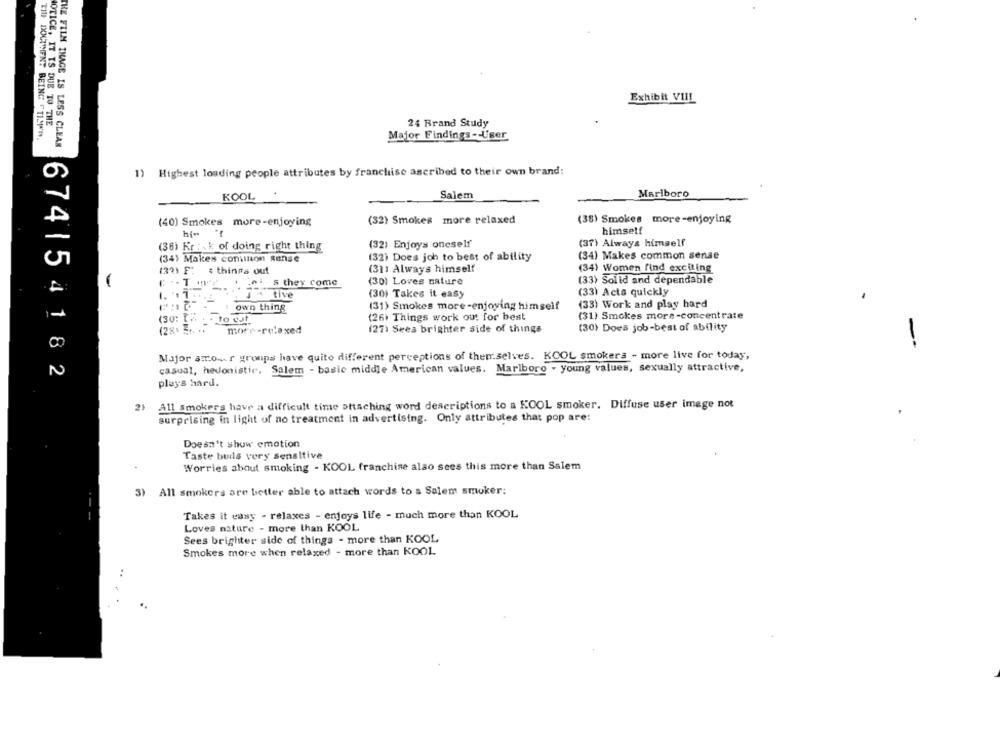
Exhibit VIII
NOTICE. IT IS DUE TO THE
24 Brand Study
TILL DOCUMENT BEING FOUND.
Major Findings- User
THE FILM INAGE IS LESS CLEAR
1) Highest loading people attributes by franchise ascribed to their own brand:
KOOL
Salem
Marlboro
(40) Smokes more-enjoying
(32) Smokes more relaxed
(38) Smokes more-enjoying
himself
(36) Kr :. k of doing right thing
(32) Enjoys oneself
(37) Always himself
(34) Makes common sense
(34) Makes conunon ganse
(32) Does joh to best of ability
(32) F: : things out
(31) Always himself
(34) Women find exciting
-
p. s they come
(30) Loves nature
(33) Solid and dependable
(30) Takes it easy
(33) Acta quickly
J * tive
own thing
(31) Smokes more-enjoying himself
(33) Work and play hard
1-
(31) Smokes mors-concentrate
(30: [ ..
- to wut
(26) Things work out for best
more -relaxed
(27) Seea brighter side of things
(30) Does job-best of ability
CO
Major amo .... r groups have quite different perceptions of themselves. KOOL smokers - more live for today,
casual, hedonistic. Salem - basic middle American values. Marlboro - young values, sexually attractive,
674154182
plays hard.
All smokers have a difficult time attaching word descriptions to a KOOL smoker. Diffuse user image not
21
surprising in light of no treatment in advertising. Only attributes that pop are:
Doesn't show emotion
Taste buds very sensitive
Worries about smoking - KOOL franchise also sees this more than Salem
3) All smokers are better able to attach words to a Salem smoker:
Takes it easy - relaxes - enjoys life - much more than KOOL
Loves nature - more than KOOL
Sees brighter side of things - more than KOOL
Smokes more when relaxed - more than KOOL